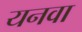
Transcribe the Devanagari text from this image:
यनवा